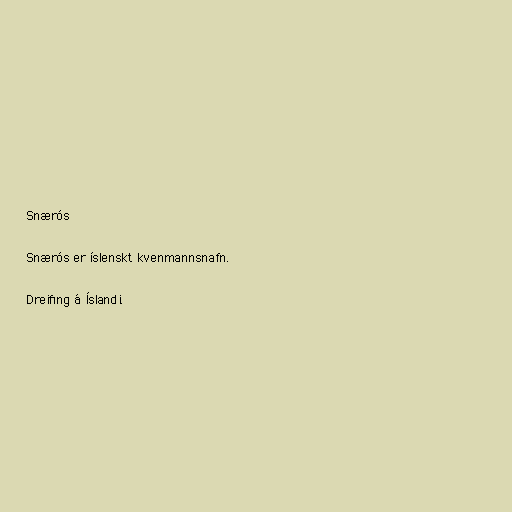
Snærós

Snærós er íslenskt kvenmannsnafn.

Dreifing á Íslandi.